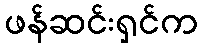
ဖန်ဆင်းရှင်က